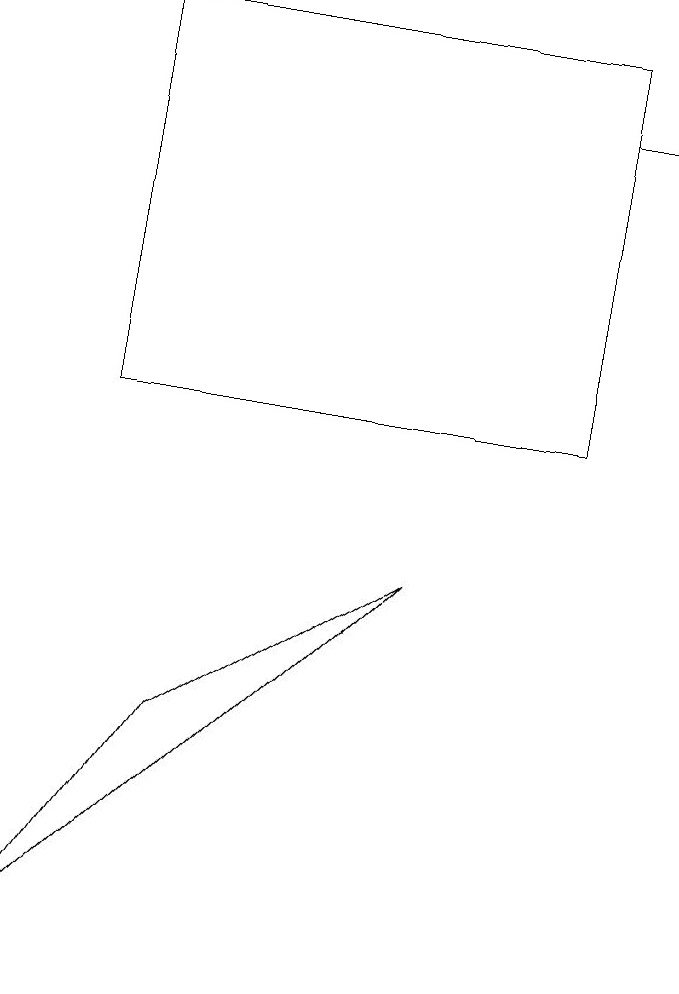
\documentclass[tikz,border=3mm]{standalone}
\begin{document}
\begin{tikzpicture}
\draw (8,15) rectangle (9,15);
\draw (1,4) -- (3,7) -- (6,9) -- cycle;
\draw (8,11) rectangle (2,16);
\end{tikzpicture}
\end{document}